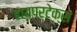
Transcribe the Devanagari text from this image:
हायपरटेक्स